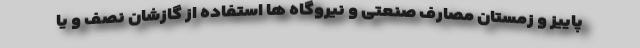
پاییز و زمستان مصارف صنعتی و نیروگاه ها استفاده از گازشان نصف و یا